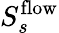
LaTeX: S_{s}^{\mathrm{flow}}